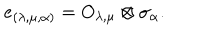
e _ { ( \lambda , \mu , \alpha ) } = O _ { \lambda , \mu } \otimes \sigma _ { \alpha } .